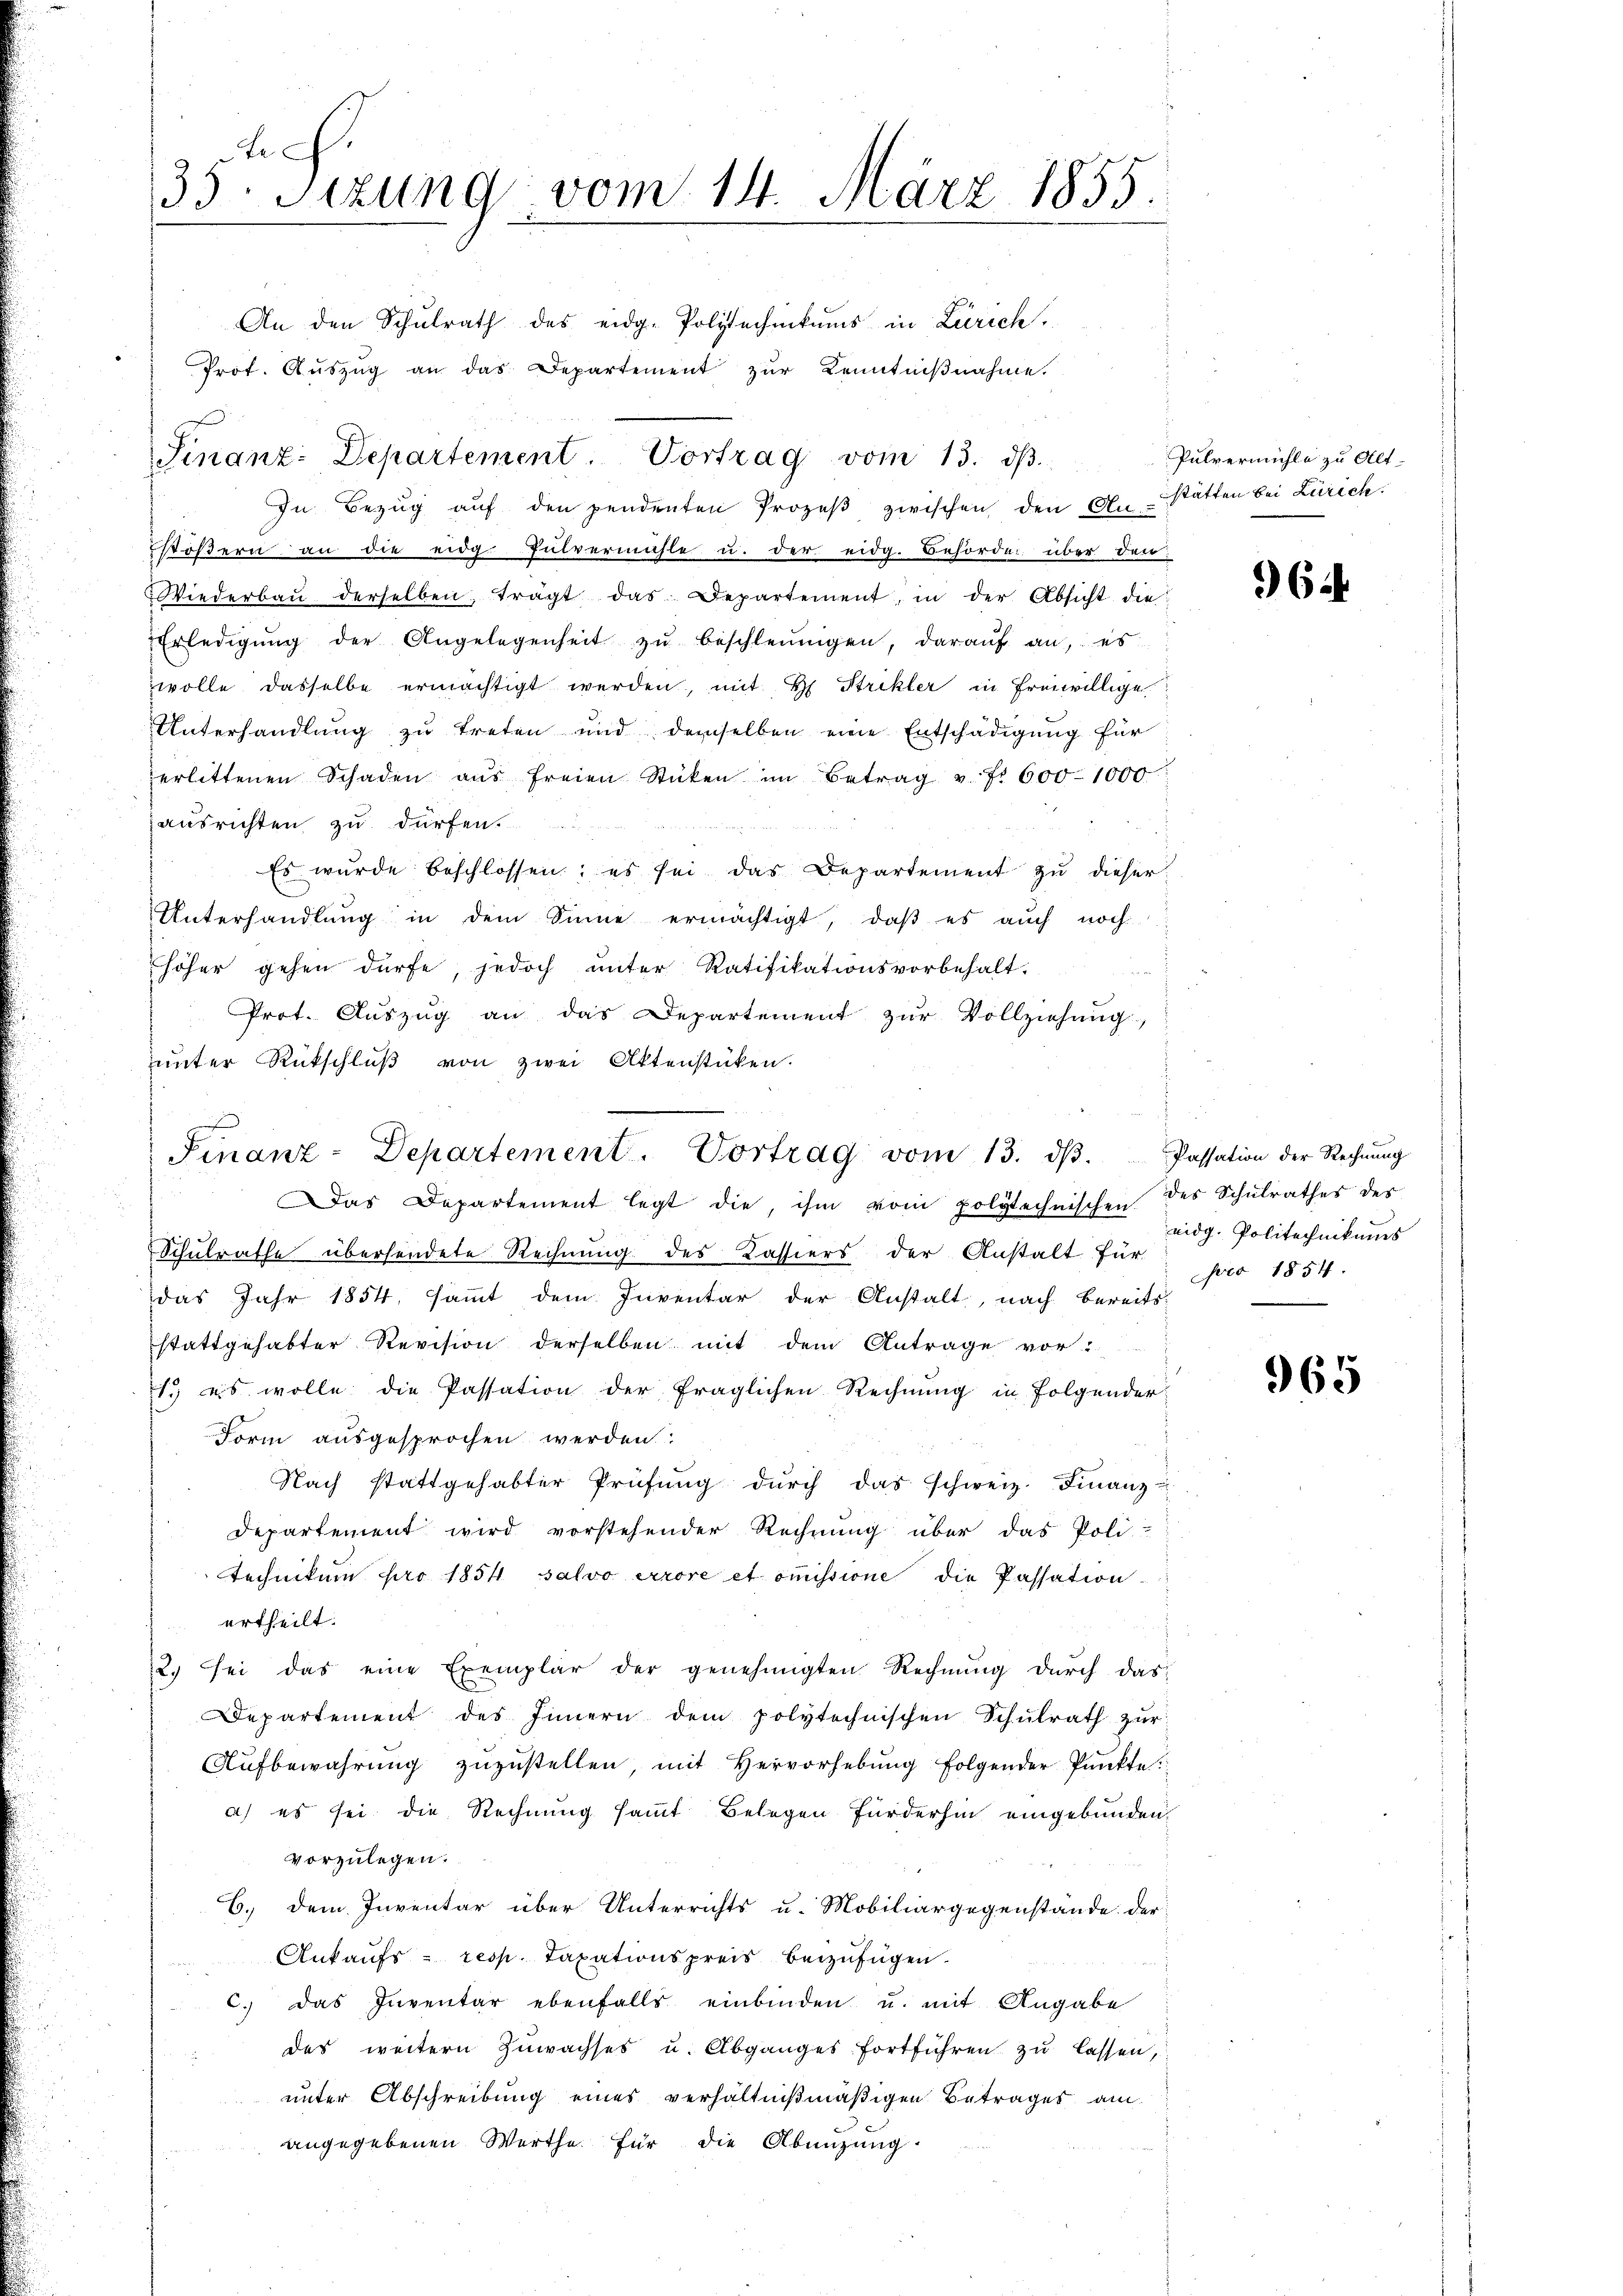
Fe
35. Sitzung vom 14. März 1855.

An den Schŭlrath des eidg. Polytechnikums in Zürich.
Prot. Aŭszŭg an das Departement zŭr Kenntniβnahme.
Stößern an die eidg. Pulvermähle u. der eidg. Behörde über den
Wiederbaŭ derselben, trägt das Departement, in der Absicht die
Erledigŭng der Angelegenheit zŭ beschleunigen, daraŭf an, es
wolle dasselbe ermächtigt werden, mit H. Strikler in freiwillige
Unterhandlung zu treten und demselben eine Entschädigung für
erlittenen Schaden aus freien Stücken im Betrag u. f. 600-1000
ausrichten zu dürfen.
Es wurde beschlossen; es sei das Departement zu dieser
Unterhandlung in dem Sinne ermächtigt, daβ es auch noch
höher gehen dürfe, jedoch unter Ratifikationsvorbehalt.
Prot. Auszug an das Departement zur Vollziehung,
unter Rückschluß von zwei Aktenstücken.
as Departement legt die, ihm vom polytechnischen des Schulrathes des
Schulrathe übersendete Rechnŭng des Kassiers der Anstalt für par 1854.
das Jahr 1854, sammt dem Inventar der Anstalt, nach bereits-
stattgehabter Revision derselben mit dem Antrage vor-
1. es wolle die Passation der fraglichen Rechnung in Folgender
Form ausgesprochen werden:
Nach stattgehabter Prüfung durch das schweiz. Finanz-
Departement wird vorstehender Rechnung über das Poli-
Technikum pro 1854 salvo errore et oṁissione die Passation
ertheilt.
2) sei das eine Exemplar der genehmigten Rechnŭng durch das
Departement des Innern dem polytechnischen Schulrath zŭr
Aŭfbewahrŭng zŭzŭstellen, mit Hervorhebŭng folgender Punkte.
a) es sei die Rechnung sammt Belegen fürderhin eingebunden,
vorzulegen.
6. dem Inventar über Unterrichts u. Mobiliargegenstände der
Ankaufs- resp. Taxationspreis beizufügen.
c. das Inventar ebenfalls einbinden u. mit Angabe
des weitern Zuwachses u. Abganges fortführen zu lassen,
unter Abschreibung eines verhältnißmäßigen Betrages am
angegebenen Werthe für die Abnüzung.

Sinanz-Departement. Vortrag vom 13. dβ.
In Bezŭg aŭf den pendenten Prozeβ zwischen den An-

.
Finanz-Departement. Vortrag vom 13. dβ. Passation der Rechnŭng

Pulvermühle zu Alt-
stätten bei Zürich.

964.

eidg. Politechnikums

965